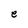
Character: e